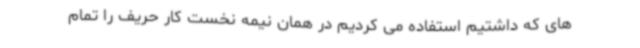
های که داشتیم استفاده می کردیم در همان نیمه نخست کار حریف را تمام